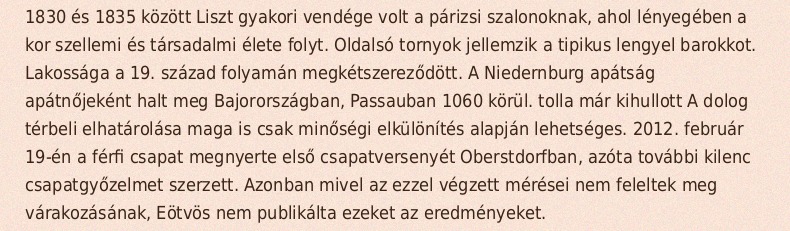
1830 és 1835 között Liszt gyakori vendége volt a párizsi szalonoknak, ahol lényegében a kor szellemi és társadalmi élete folyt. Oldalsó tornyok jellemzik a tipikus lengyel barokkot. Lakossága a 19. század folyamán megkétszereződött. A Niedernburg apátság apátnőjeként halt meg Bajorországban, Passauban 1060 körül. tolla már kihullott A dolog térbeli elhatárolása maga is csak minőségi elkülönítés alapján lehetséges. 2012. február 19-én a férfi csapat megnyerte első csapatversenyét Oberstdorfban, azóta további kilenc csapatgyőzelmet szerzett. Azonban mivel az ezzel végzett mérései nem feleltek meg várakozásának, Eötvös nem publikálta ezeket az eredményeket.